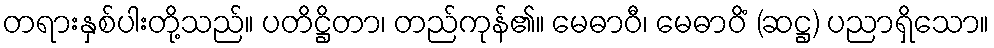
တရားနှစ်ပါးတို့သည်။ ပတိဋ္ဌိတာ၊ တည်ကုန်၏။ မေဓာဝီ၊ မေဓာဝိံ (ဆဋ္ဌ) ပညာရှိသော။